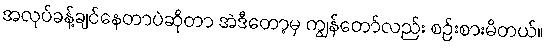
အလုပ်ခန့်ချင်နေတာပဲဆိုတာ အဲဒီတော့မှ ကျွန်တော်လည်း စဉ်းစားမိတယ်။